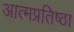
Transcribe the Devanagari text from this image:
आत्मप्रतिष्ठा